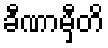
ခီဏာမှီတိ